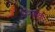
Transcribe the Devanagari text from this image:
निराकरण।